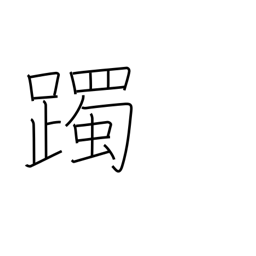
Meaning: tap with the feet